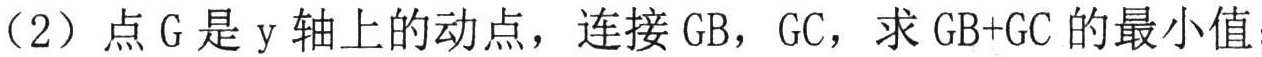
（2）点\(G\)是\(y\)轴上的动点，连接\(GB\)，\(GC\)，求\(GB + GC\)的最小值